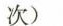
次）